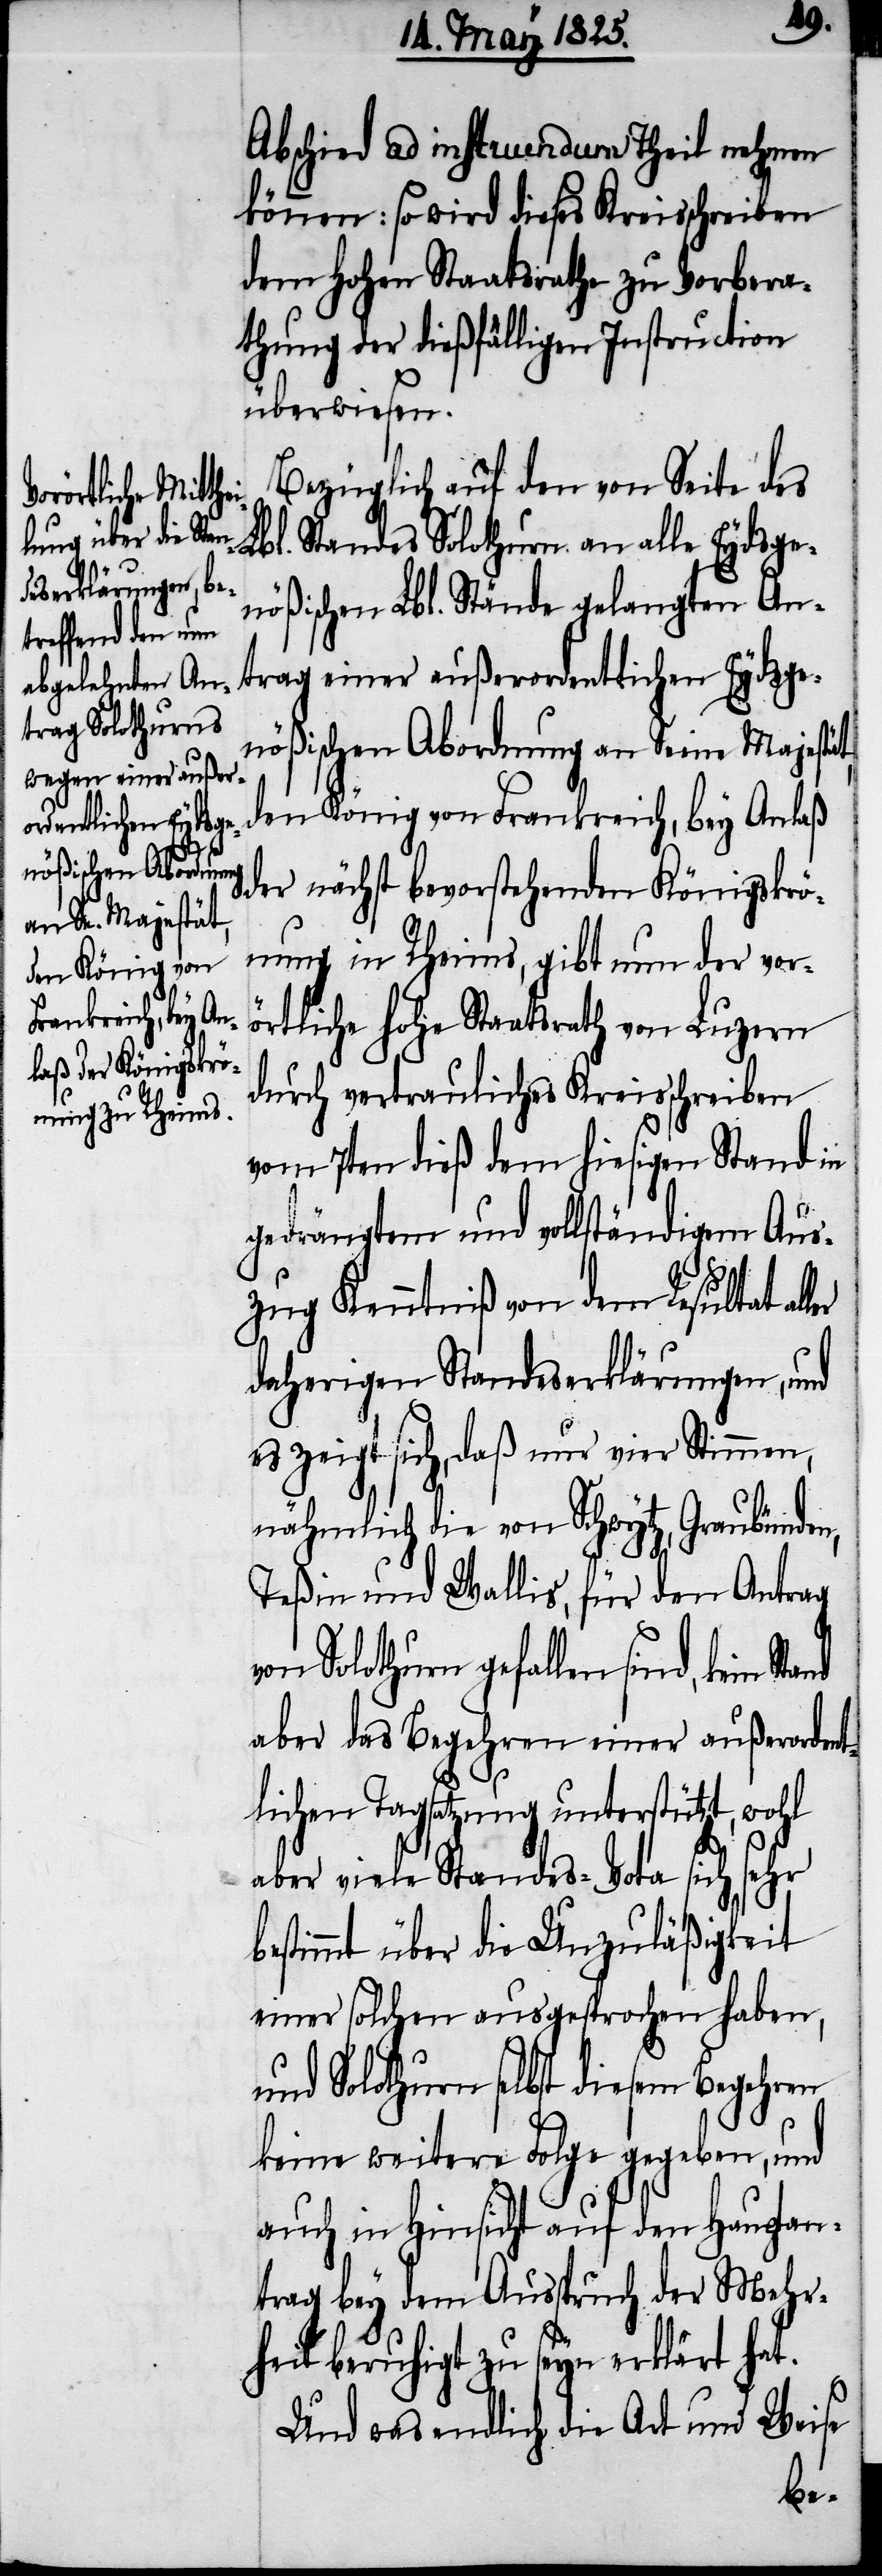
Abschied ad instruendum Theil nehmen
können: so wird dieses Kreisschreiben
dem hohen Staatsrathe zu Vorbera¬
thung der dießfälligen Instruction
überwiesen.
Bezüglich auf den von Seite des
Lbl. Standes Solothurn an alle Eydsge¬
nößischen Lbl. Stände gelangten An¬
trag einer außerordentlichen Eydsge¬
nößischen Abordnung an Seine Majestät,
den König von Frankreich, bey Anlaß
der nächst bevorstehenden Königskrö¬
nung in Rheims, gibt nun der vor¬
örtliche hohe Staatsrath von Luzern
durch vertrauliches Kreisschreiben
vom 7ten dieß dem hiesigen Stand in
gedrängtem und vollständigem Aus¬
zug Kenntniß von dem Resultat al¬
daherigen Standeserklärungen, und
es zeigt sich, daß nur vier Stimmen,
nähmlich die von Schwytz, Graubünden,
Teßin und Wallis, für den Antrag
von Solothurn gefallen sind, kein
aber das Begehren einer außerordent¬
lichen Tagsatzung unterstützt, wohl
aber viele Standes-Vota sich sehr
bestimmt über die Unzuläßigkeit
einer solchen ausgesprochen haben,
Solothurn selbst diesem Begehren
keine weitere Folge gegeben, und
auch in Hinsicht auf den Hauptan¬
trag bey dem Ausspruch der Mehr¬
heit beruhigt zu seyn erklärt hat.
Und was endlich die Art und Weise
ler